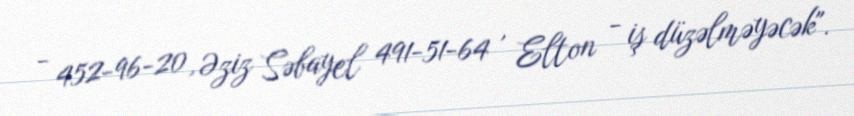
- 452-96-20, Əziz Səbayel 491-51-64 , Elton - iş düzəlməyəcək".